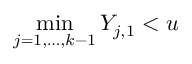
\operatorname* { m i n } _ { j = 1 , \dots , k - 1 } Y _ { j , 1 } < u